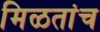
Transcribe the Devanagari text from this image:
मिळतांच